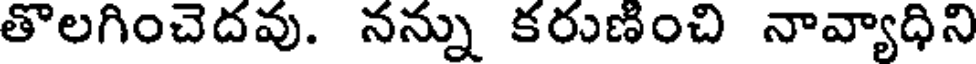
తొలగించెదవు. నన్ను కరుణించి నావ్యాధిని